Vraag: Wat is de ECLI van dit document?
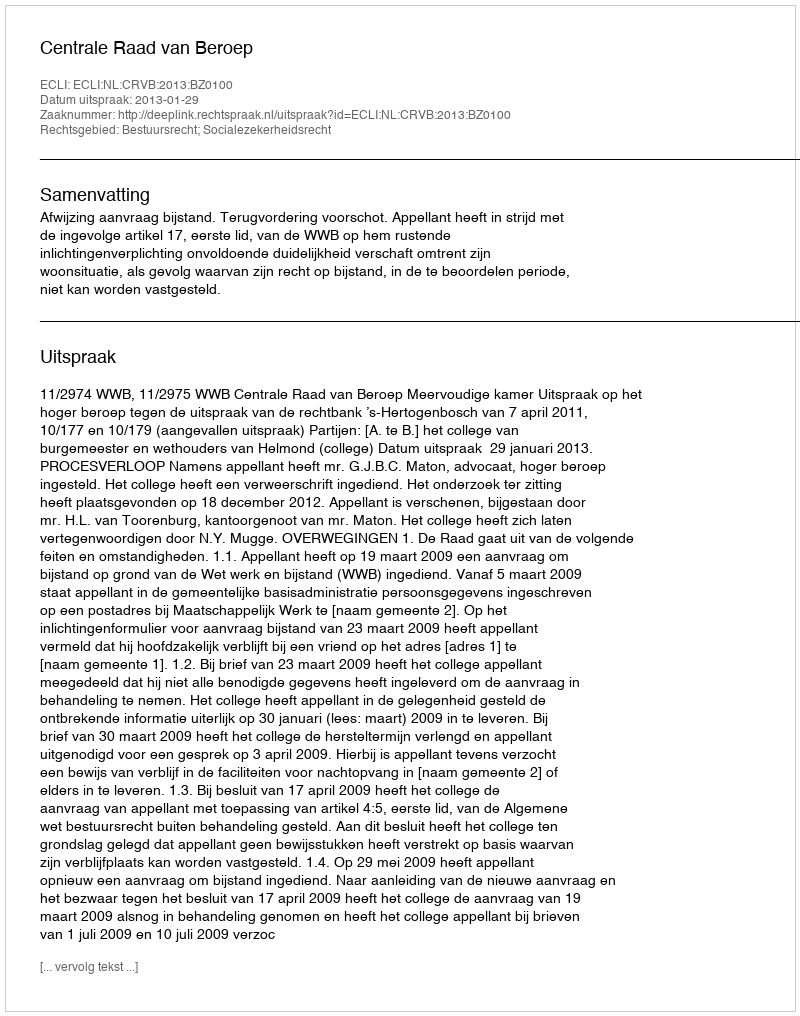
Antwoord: ECLI:NL:CRVB:2013:BZ0100